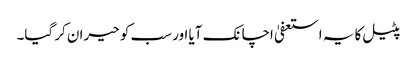
پٹیل کا یہ استعفیٰ اچانک آیا اور سب کو حیران کر گیا۔